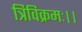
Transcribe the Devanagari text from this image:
त्रिविक्रमः।।